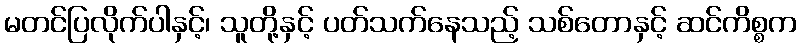
မတင်ပြလိုက်ပါနှင့်၊ သူတို့နှင့် ပတ်သက်နေသည့် သစ်တောနှင့် ဆင်ကိစ္စက